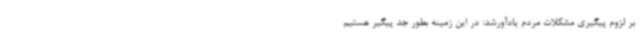
بر لزوم پیگیری مشکلات مردم یادآورشد: در این زمینه بطور جد پیگیر هستیم